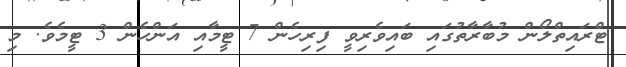
ޓްރައިތްލޯން މުބާރާތުގައި ބައިވެރިވީ ފިރިހެން 7 ޓީމާއި އަންހެން 3 ޓީމެވެ. މި